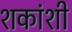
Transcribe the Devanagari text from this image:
शकांशी